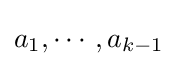
a_{1},\cdots ,a_{k-1}